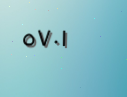
٥٧٠١